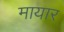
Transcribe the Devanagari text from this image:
मायार